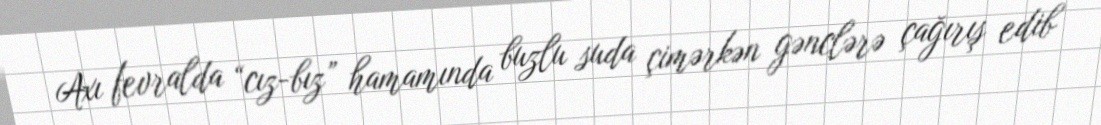
Axı fevralda “cız-bız” hamamında buzlu suda çimərkən gənclərə çağırış edib